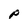
Character: P